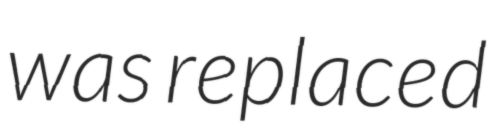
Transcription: was replaced